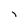
Character: 1